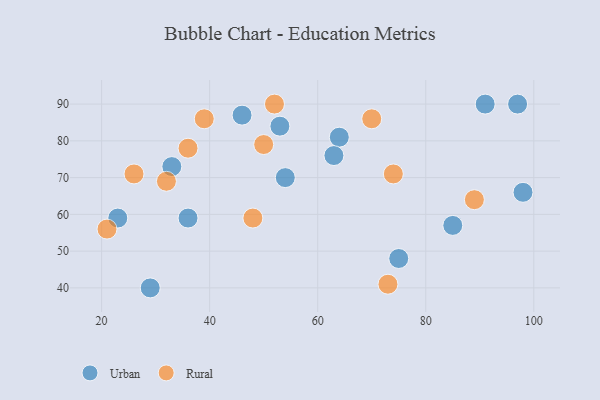
{"axis": {"x": "GDP", "y": "Life Expectancy"}, "legend": ["Rural", "Urban"], "data": [{"x": "53", "y": 84, "type": "Urban"}, {"x": "54", "y": 70, "type": "Urban"}, {"x": "33", "y": 73, "type": "Urban"}, {"x": "46", "y": 87, "type": "Urban"}, {"x": "23", "y": 59, "type": "Urban"}, {"x": "85", "y": 57, "type": "Urban"}, {"x": "36", "y": 59, "type": "Urban"}, {"x": "98", "y": 66, "type": "Urban"}, {"x": "91", "y": 90, "type": "Urban"}, {"x": "64", "y": 81, "type": "Urban"}, {"x": "97", "y": 90, "type": "Urban"}, {"x": "75", "y": 48, "type": "Urban"}, {"x": "29", "y": 40, "type": "Urban"}, {"x": "63", "y": 76, "type": "Urban"}, {"x": "70", "y": 86, "type": "Rural"}, {"x": "39", "y": 86, "type": "Rural"}, {"x": "48", "y": 59, "type": "Rural"}, {"x": "52", "y": 90, "type": "Rural"}, {"x": "32", "y": 69, "type": "Rural"}, {"x": "73", "y": 41, "type": "Rural"}, {"x": "50", "y": 79, "type": "Rural"}, {"x": "26", "y": 71, "type": "Rural"}, {"x": "36", "y": 78, "type": "Rural"}, {"x": "74", "y": 71, "type": "Rural"}, {"x": "89", "y": 64, "type": "Rural"}, {"x": "21", "y": 56, "type": "Rural"}]}